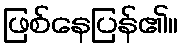
ဖြစ်နေပြန်၏။